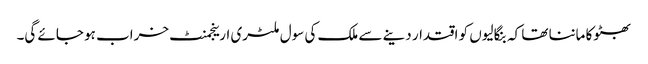
بھٹوکا ماننا تھا کہ بنگالیوں کو اقتدار دینے سے ملک کی سول ملٹری ارینجمنٹ خراب ہو جائے گی۔